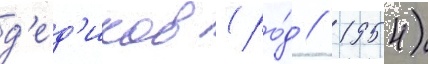
д'ед'иков (ро́д // 1954)